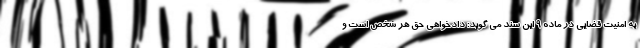
به امنیت قضایی در ماده ۹ این سند می گوید: دادخواهی حق هر شخص است و